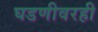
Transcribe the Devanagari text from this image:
घडणीवरही